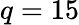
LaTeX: q=15